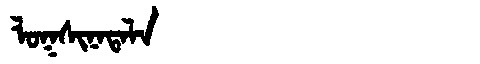
Manchu: ᠯᠣᡴᠰᡳᠨᠠᡨᠠᠯᠠ
Romanization: LOKSINATALA